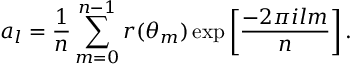
a _ { l } = \frac { 1 } { n } \sum _ { m = 0 } ^ { n - 1 } r ( \theta _ { m } ) \exp \left[ \frac { - 2 \pi i l m } { n } \right] .